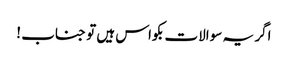
اگر یہ سوالات بکواس ہیں تو جناب !